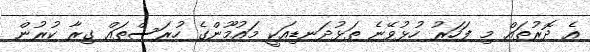
އެ ދޮރުތައް މި ފަހަރު ހުޅުވޭނެ ތަޅުދަނޑިއަކީ މައުމޫންގެ ހުރަސްތައް ގިރާ ކުރުން